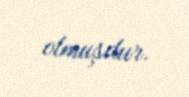
olmuşdur.